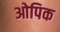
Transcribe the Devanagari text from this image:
ओपिक